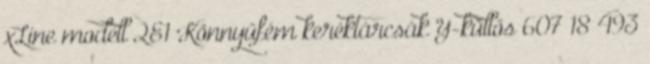
xLine modell 2E1 Könnyűfém keréktárcsák Y-küllős 607 18 493